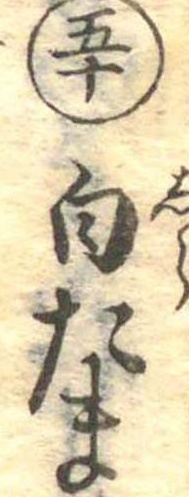
五十白たま